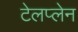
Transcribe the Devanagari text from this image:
टेलप्लेन